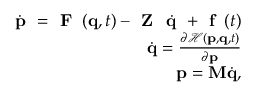
\begin{array} { r } { \dot { \textbf { p } } = \textbf { F } \left( \mathbf { q } , t \right) - \textbf { Z } \dot { \textbf { q } } + \textbf { f } \left( t \right) } \\ { \dot { \mathbf { q } } = \frac { \partial \mathcal { H } \left( \mathbf { p } , \mathbf { q } , t \right) } { \partial \mathbf { p } } } \\ { \mathbf { p } = \mathbf { M } \dot { \mathbf { q } } , } \end{array}